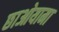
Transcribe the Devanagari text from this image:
छाओयामा